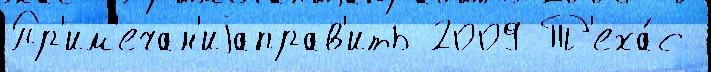
Пр'им'ечан'иjаправ'ить 2009 Т'еха́с